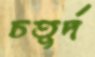
চতুর্দ